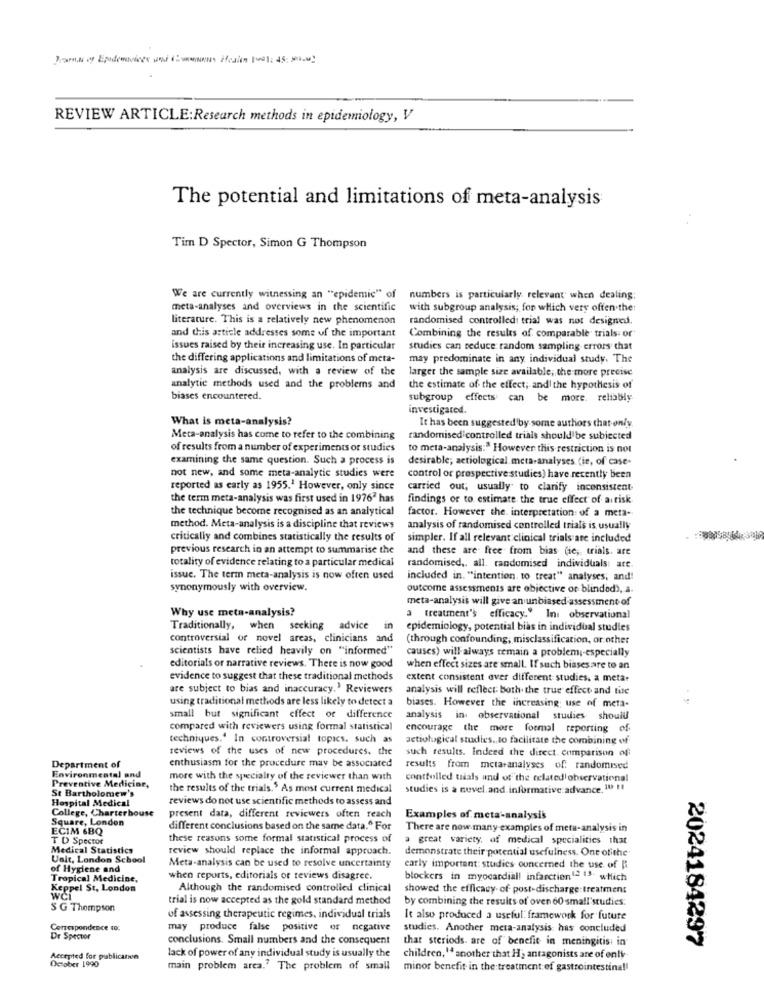
REVIEW ARTICLE:Research methods in epidemiology, V
The potential and limitations of meta-analysis
Tim D Spector, Simon G Thompson
We are currently witnessing an "epidemic" of
numbers is particularly, relevant when dealing:
meta-analyses and overviews in the scientific
with subgroup analysis; for which very often the:
literature. This is a relatively new phenomenon
randomised controlled trial was not designed.
and this article addresses some of the important
Combining the results of comparable trials or
issues raised by their increasing use. In particular
studies can reduce random sampling errors that
the differing applications and limitations of meta-
may predominate in any individual study. The
analysis are discussed, with a review of the
larger the sample size available; the more precise
analytic methods used and the problems and
the estimate of the effect, and the hypothesis of
biases encountered.
subgroup effects can be more. reliably
investigated.
What is meta-analysis?
It has been suggested by some authors that only
Meta-analysis has come to refer to the combining
randomised controlled trials should be subjected
of results from a number of experiments or studies
to meta-analysis." However this restriction is not
examining the same question. Such a process is
desirable; aetiological meta-analyses. (ie, of case-
not new, and some meta-analytic studies were
control or prospective studies) have recently been
reported as early as 1955.1 However, only since
carried out; usually to clarify inconsistent
the term meta-analysis was first used in 1976' has
findings or to estimate the true effect of artisk
the technique become recognised as an analytical
factor. However the interpretation of a meta-
method. Meta-analysis is a discipline that reviews
analysis of randomised controlled trials is usually
critically and combines statistically the results of
simpler. If all relevant clinical trials are included
previous research in an attempt to summarise the
and these are free from bias (ie, trials. are
totality of evidence relating to a particular medical
randomised ,, all. randomised individuals: are
issue. The term meta-analysis is now often used
included in. "intention, to treat" analyses; and!
synonymously with overview.
outcome assessments are objective of blinded), a
meta-analysis will give an unbiased assessment of
Why use meta-analysis?
3 treatment's efficacy." Ini observational
Traditionally, when seeking advice
in
epidemiology, potential bias in individual studies
controversial or novel areas, clinicians and
(through confounding, misclassification, or other
scientists have relied heavily on "informed"
causes) will always remain a problem ;- especially
editorials or narrative reviews. There is now good
when effect sizes are small. If such biases are to an
evidence to suggest that these traditional methods
extent consistent ever different studies. a meta
are subject to bias and inaccuracy.' Reviewers
analysis will reflect: both the true effect and lise
using traditional methods are less likely to detect a
biases. However the increasing; use of meta-
small but significant effect of difference
analysis in observational studies should
compared with reviewers using formal statistical
encourage the more formal reporting of
techniques.' In controversial topics, such as
actiological studies .. to facilitate the combining of
reviews of the uses of new procedures, the
such results. Indeed the direct. comparison of
Department of
Environmental and
enthusiasm for the procedure may be associated
results from meta analyses of. randomised
Preventive Medicine,
more with the specialty of the reviewer than with
controlled trials and of the related observational
St Bartholomew's
the results of the trials.' As most current medical
studies is a novel.and informative advance. 10 !!
Hospital Medical
reviews do not use scientific methods to assess and
College, Charterhouse
Square, London
present data, different reviewers often reach
Examples of meta-analysis
ECIM 6BQ
different conclusions based on the same data." For
There are now many examples of meta-analysis in
TD Spector
these reasons some formal statistical process of
a great variety, of medical specialities that
Medical Statistics
review should replace the informal approach.
demonstrate their potential usefulness. One ofithe
Unit, London School
Meta-analysis can be used to resolve uncertainty
of Hygiene and
carly important: studies ouncerned the use of
Tropical Medicine,
when reports, editorials or reviews disagree.
blockers in myocardial infarction 12 13. which
Keppel St. London
Although the randomised controlled clinical
showed the efficacy of post-discharge:treatment
trial is now accepted as the gold standard method
by combining the results of oven 60 small'studies:
S G Thompson
of assessing therapeutic regimes, individual trials
It also produced a useful: framework for future
Correspondence 40:
may produce false positive or negative
studies. Another meta-analysis has concluded
Dr Spector
conclusions. Small numbers and the consequent
that steriods. are of benefit in meningitis in
2024184297
Accepted for publicanen
October 1990
lack of power of any individual study is usually the
children," another that H; antagonists are of only-
main problem area.' The problem of small
minor benefit in the treatment of gastrointestina !!